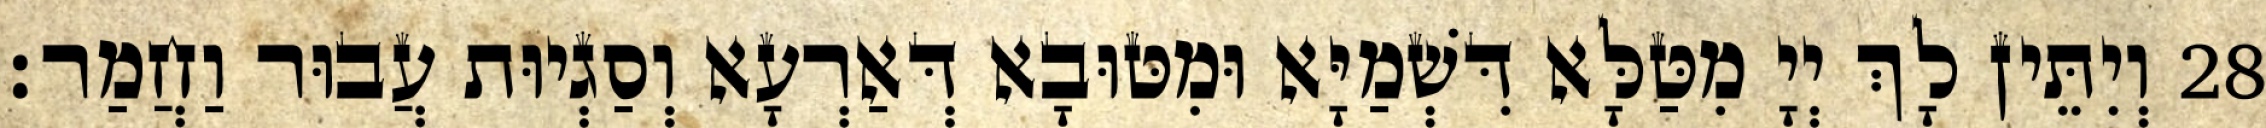
28 וְיִתֵּין לָךְ יְיָ מִטַּלָּא דִּשְׁמַיָּא וּמִטּוּבָא דְּאַרְעָא וְסַגְיוּת עֲבוּר וַחֲמַר׃